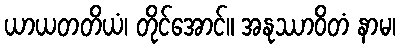
ယာယတတိယံ၊ တိုင်အောင်။ အနုဿာဝိတံ နာမ၊